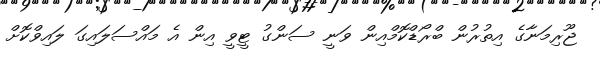
ޖޫރިމަނާގެ އިތުރުން ބްރޯޑްކޮމްއިން ވަނީ ސަންގު ޓީވީ އިން އެ މައްސަލައިގަ ލައިވްކޮށް